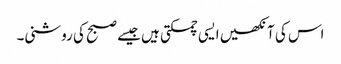
اس کی آنکھیں ایسی چمکتی ہیں جیسے صبح کی روشنی۔